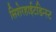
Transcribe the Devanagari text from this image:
सिशेरहाईटडिन्स्ट